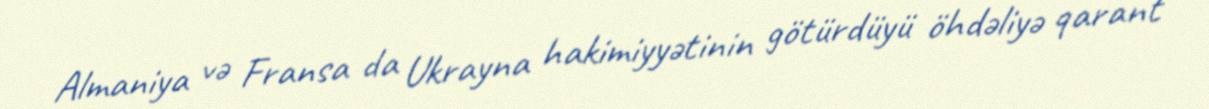
Almaniya və Fransa da Ukrayna hakimiyyətinin götürdüyü öhdəliyə qarant